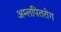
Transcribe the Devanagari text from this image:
अम्लपितरोग